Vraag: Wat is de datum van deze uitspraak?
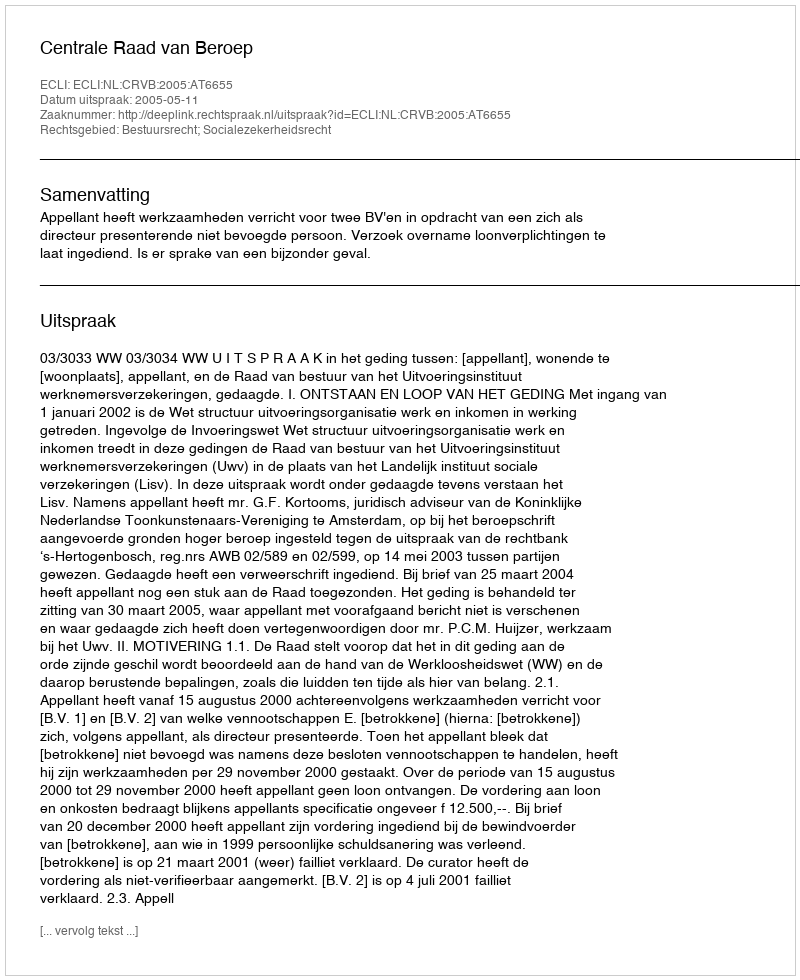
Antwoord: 2005-05-11